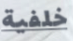
خلفية